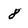
Character: 8